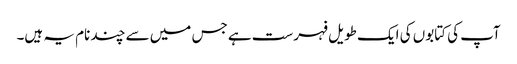
آپ کی کتابوں کی ایک طویل فہرست ہے جس میں سے چند نام یہ ہیں۔